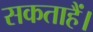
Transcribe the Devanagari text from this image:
सकताहैं।